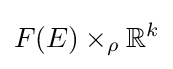
F(E)\times _{\rho }\mathbb {R} ^{k}